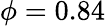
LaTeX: \phi=0.84\